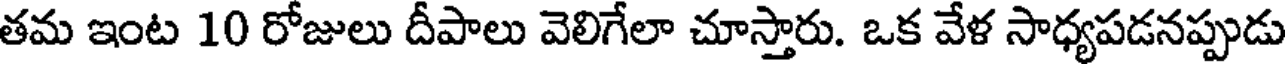
తమ ఇంట 10 రోజులు దీపాలు వెలిగేలా చూస్తారు. ఒక వేళ సాధ్యపడనప్పుడు